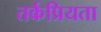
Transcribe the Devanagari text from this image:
तर्कप्रियता